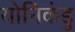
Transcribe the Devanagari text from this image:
योनिकंडु